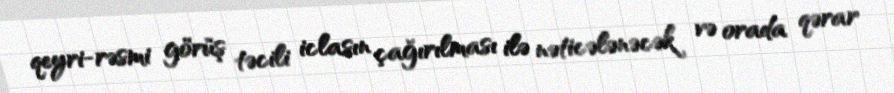
qeyri-rəsmi görüş təcili iclasın çağırılması ilə nəticələnəcək və orada qərar